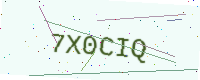
Text: 7X0CIQ